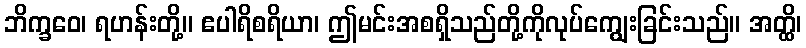
ဘိက္ခဝေ၊ ရဟန်းတို့။ ဧပါရိစရိယာ၊ ဤမင်းအစရှိသည်တို့ကိုလုပ်ကျွေးခြင်းသည်။ အတ္ထိ၊